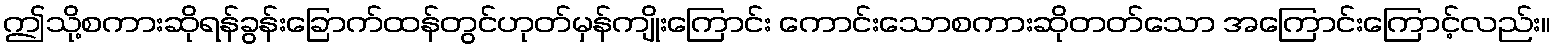
ဤသို့စကားဆိုရန်ခွန်းခြောက်ထန်တွင်ဟုတ်မှန်ကျိုးကြောင်း ကောင်းသောစကားဆိုတတ်သော အကြောင်းကြောင့်လည်း။